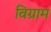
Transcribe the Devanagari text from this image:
विग्राम